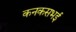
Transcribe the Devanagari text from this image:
कनकसभई